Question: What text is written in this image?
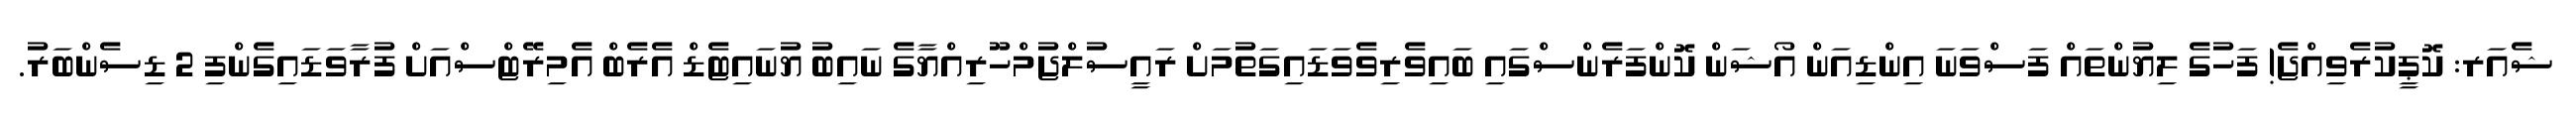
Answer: ޝެއަރ: ކޮޕީކުރެވިއްޖެ! ފަހުގެ ލިޔުންތައް ފަސްވަނަ އިންޑިއަން އޯޝަން ކޮންފަރެންސްގައި ބައިވެރިވެވަޑައިގަތުމަށް ރައީސުލްޖުމްހޫރިއްޔާގެ ނައިބު ޔުނައިޓެޑް އެރެބް އެމިރޭޓްސްއަށް ފުރާވަޑައިގެންފި 2 ޑިސެންބަރު.